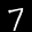
Label: 7